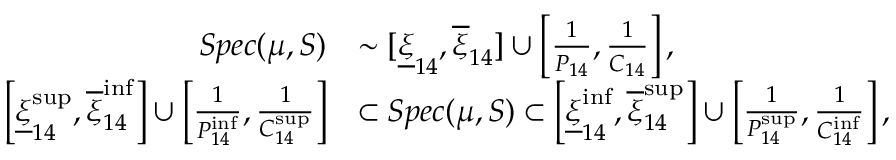
\begin{array} { r l } { S p e c ( \mu , S ) } & { \sim \lbrack \underline { { \xi } } _ { 1 4 } , \overline { { \xi } } _ { 1 4 } ] \cup \left[ \frac { 1 } { P _ { 1 4 } } , \frac { 1 } { C _ { 1 4 } } \right] , } \\ { \left[ \underline { { \xi } } _ { 1 4 } ^ { \operatorname* { s u p } } , \overline { { \xi } } _ { 1 4 } ^ { \operatorname* { i n f } } \right] \cup \left[ \frac { 1 } { P _ { 1 4 } ^ { \operatorname* { i n f } } } , \frac { 1 } { C _ { 1 4 } ^ { \operatorname* { s u p } } } \right] } & { \subset S p e c ( \mu , S ) \subset \left[ \underline { { \xi } } _ { 1 4 } ^ { \operatorname* { i n f } } , \overline { { \xi } } _ { 1 4 } ^ { \operatorname* { s u p } } \right] \cup \left[ \frac { 1 } { P _ { 1 4 } ^ { \operatorname* { s u p } } } , \frac { 1 } { C _ { 1 4 } ^ { \operatorname* { i n f } } } \right] , } \end{array}